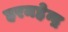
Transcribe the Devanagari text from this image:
हरमहेन्द्र